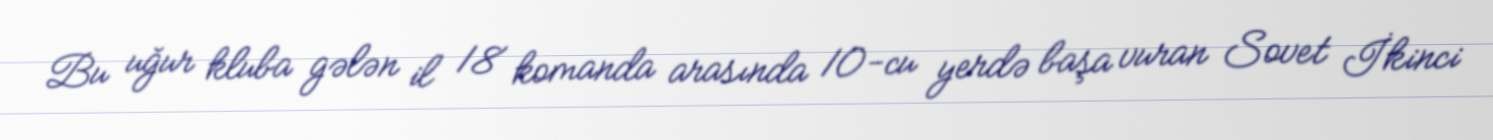
Bu uğur kluba gələn il 18 komanda arasında 10-cu yerdə başa vuran Sovet İkinci